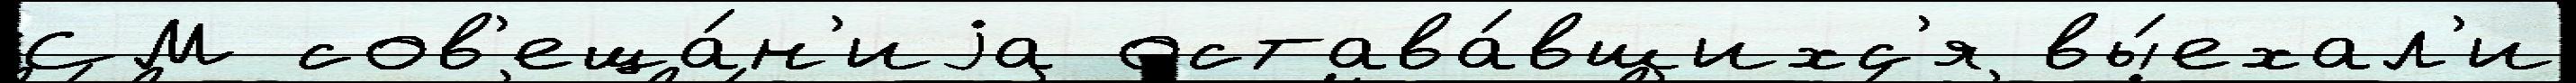
СМ сов'еща́н'иjа остава́вшихс'я вы́ехал'и